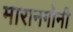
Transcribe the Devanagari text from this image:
मारानगोनी